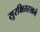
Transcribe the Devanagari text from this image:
सुरक्षितरखने